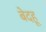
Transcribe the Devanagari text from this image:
बेदहू